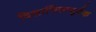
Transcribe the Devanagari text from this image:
विलासितापूर्वक